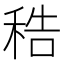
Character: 𥞴